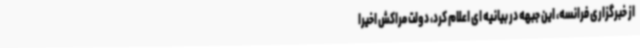
از خبرگزاری فرانسه، این جبهه در بیانیه ای اعلام کرد، دولت مراکش اخیرا